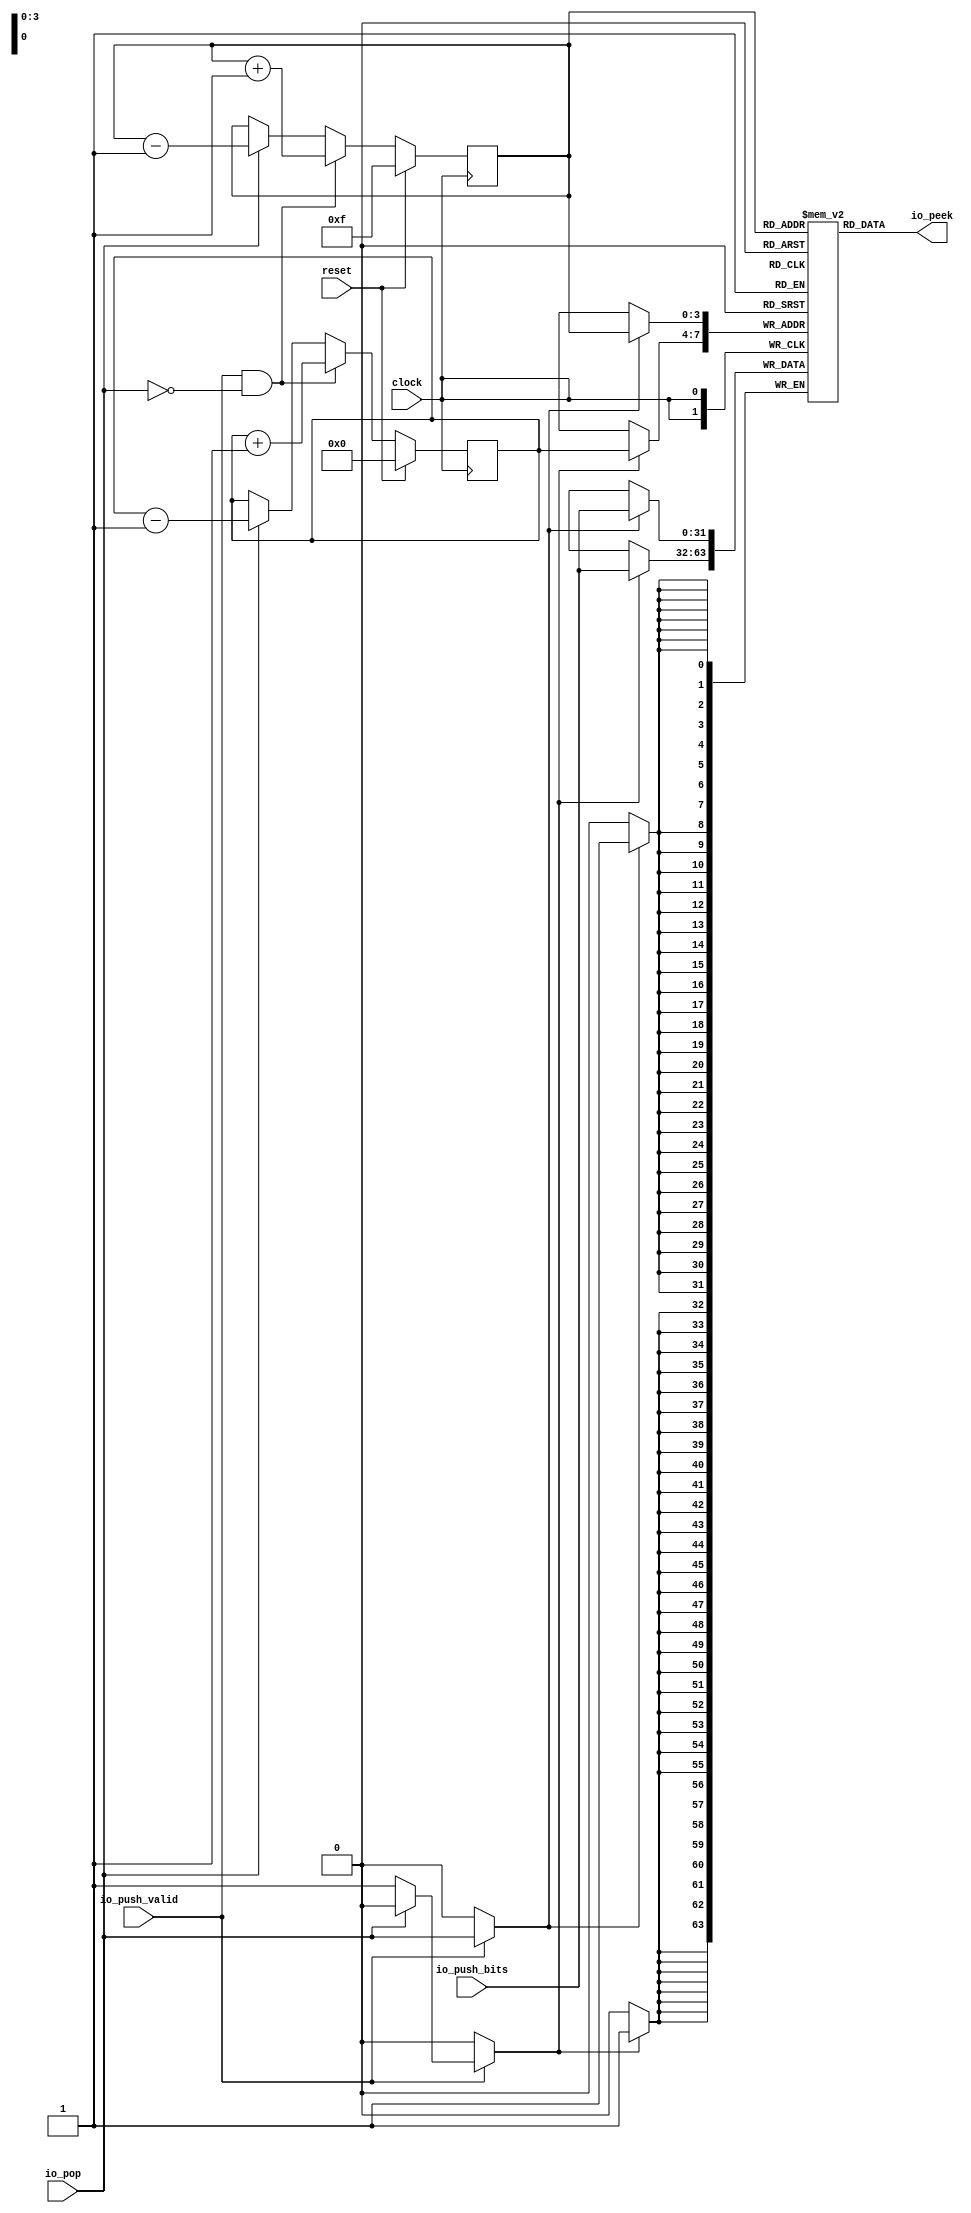
module RAS( // @[:@2484.2]
  input         clock, // @[:@2485.4]
  input         reset, // @[:@2486.4]
  input         io_push_valid, // @[:@2487.4]
  input  [31:0] io_push_bits, // @[:@2487.4]
  input         io_pop, // @[:@2487.4]
  output [31:0] io_peek // @[:@2487.4]
);
  reg [31:0] stack [0:15]; // @[RAS.scala 13:18:@2489.4]
  reg [31:0] _RAND_0;
  wire [31:0] stack__T_23_data; // @[RAS.scala 13:18:@2489.4]
  wire [3:0] stack__T_23_addr; // @[RAS.scala 13:18:@2489.4]
  wire [31:0] stack__T_24_data; // @[RAS.scala 13:18:@2489.4]
  wire [3:0] stack__T_24_addr; // @[RAS.scala 13:18:@2489.4]
  wire  stack__T_24_mask; // @[RAS.scala 13:18:@2489.4]
  wire  stack__T_24_en; // @[RAS.scala 13:18:@2489.4]
  wire [31:0] stack__T_25_data; // @[RAS.scala 13:18:@2489.4]
  wire [3:0] stack__T_25_addr; // @[RAS.scala 13:18:@2489.4]
  wire  stack__T_25_mask; // @[RAS.scala 13:18:@2489.4]
  wire  stack__T_25_en; // @[RAS.scala 13:18:@2489.4]
  reg [3:0] pos; // @[RAS.scala 14:22:@2490.4]
  reg [31:0] _RAND_1;
  reg [3:0] next; // @[RAS.scala 15:22:@2491.4]
  reg [31:0] _RAND_2;
  wire  _GEN_7; // @[RAS.scala 19:18:@2495.6]
  wire  _T_27; // @[RAS.scala 26:26:@2504.4]
  wire  _T_28; // @[RAS.scala 26:23:@2505.4]
  wire [4:0] _T_30; // @[RAS.scala 27:16:@2507.6]
  wire [3:0] _T_31; // @[RAS.scala 27:16:@2508.6]
  wire [4:0] _T_33; // @[RAS.scala 28:18:@2510.6]
  wire [3:0] _T_34; // @[RAS.scala 28:18:@2511.6]
  wire [4:0] _T_36; // @[RAS.scala 31:16:@2516.8]
  wire [4:0] _T_37; // @[RAS.scala 31:16:@2517.8]
  wire [3:0] _T_38; // @[RAS.scala 31:16:@2518.8]
  wire [4:0] _T_40; // @[RAS.scala 32:18:@2520.8]
  wire [4:0] _T_41; // @[RAS.scala 32:18:@2521.8]
  wire [3:0] _T_42; // @[RAS.scala 32:18:@2522.8]
  wire [3:0] _GEN_20; // @[RAS.scala 29:22:@2515.6]
  wire [3:0] _GEN_21; // @[RAS.scala 29:22:@2515.6]
  wire [3:0] _GEN_22; // @[RAS.scala 26:35:@2506.4]
  wire [3:0] _GEN_23; // @[RAS.scala 26:35:@2506.4]
  assign stack__T_23_addr = pos;
  assign stack__T_23_data = stack[stack__T_23_addr]; // @[RAS.scala 13:18:@2489.4]
  assign stack__T_24_data = io_push_bits;
  assign stack__T_24_addr = pos;
  assign stack__T_24_mask = 1'h1;
  assign stack__T_24_en = io_push_valid ? io_pop : 1'h0;
  assign stack__T_25_data = io_push_bits;
  assign stack__T_25_addr = next;
  assign stack__T_25_mask = 1'h1;
  assign stack__T_25_en = io_push_valid ? _GEN_7 : 1'h0;
  assign _GEN_7 = io_pop ? 1'h0 : 1'h1; // @[RAS.scala 19:18:@2495.6]
  assign _T_27 = io_pop == 1'h0; // @[RAS.scala 26:26:@2504.4]
  assign _T_28 = io_push_valid & _T_27; // @[RAS.scala 26:23:@2505.4]
  assign _T_30 = pos + 4'h1; // @[RAS.scala 27:16:@2507.6]
  assign _T_31 = pos + 4'h1; // @[RAS.scala 27:16:@2508.6]
  assign _T_33 = next + 4'h1; // @[RAS.scala 28:18:@2510.6]
  assign _T_34 = next + 4'h1; // @[RAS.scala 28:18:@2511.6]
  assign _T_36 = pos - 4'h1; // @[RAS.scala 31:16:@2516.8]
  assign _T_37 = $unsigned(_T_36); // @[RAS.scala 31:16:@2517.8]
  assign _T_38 = _T_37[3:0]; // @[RAS.scala 31:16:@2518.8]
  assign _T_40 = next - 4'h1; // @[RAS.scala 32:18:@2520.8]
  assign _T_41 = $unsigned(_T_40); // @[RAS.scala 32:18:@2521.8]
  assign _T_42 = _T_41[3:0]; // @[RAS.scala 32:18:@2522.8]
  assign _GEN_20 = io_pop ? _T_38 : pos; // @[RAS.scala 29:22:@2515.6]
  assign _GEN_21 = io_pop ? _T_42 : next; // @[RAS.scala 29:22:@2515.6]
  assign _GEN_22 = _T_28 ? _T_31 : _GEN_20; // @[RAS.scala 26:35:@2506.4]
  assign _GEN_23 = _T_28 ? _T_34 : _GEN_21; // @[RAS.scala 26:35:@2506.4]
  assign io_peek = stack__T_23_data; // @[RAS.scala 16:11:@2493.4]
`ifdef RANDOMIZE_GARBAGE_ASSIGN
`define RANDOMIZE
`endif
`ifdef RANDOMIZE_INVALID_ASSIGN
`define RANDOMIZE
`endif
`ifdef RANDOMIZE_REG_INIT
`define RANDOMIZE
`endif
`ifdef RANDOMIZE_MEM_INIT
`define RANDOMIZE
`endif
`ifndef RANDOM
`define RANDOM $random
`endif
`ifdef RANDOMIZE
  integer initvar;
  initial begin
    `ifdef INIT_RANDOM
      `INIT_RANDOM
    `endif
    `ifndef VERILATOR
      #0.002 begin end
    `endif
  _RAND_0 = {1{`RANDOM}};
  `ifdef RANDOMIZE_MEM_INIT
  for (initvar = 0; initvar < 16; initvar = initvar+1)
    stack[initvar] = _RAND_0[31:0];
  `endif // RANDOMIZE_MEM_INIT
  `ifdef RANDOMIZE_REG_INIT
  _RAND_1 = {1{`RANDOM}};
  pos = _RAND_1[3:0];
  `endif // RANDOMIZE_REG_INIT
  `ifdef RANDOMIZE_REG_INIT
  _RAND_2 = {1{`RANDOM}};
  next = _RAND_2[3:0];
  `endif // RANDOMIZE_REG_INIT
  end
`endif // RANDOMIZE
  always @(posedge clock) begin
    if(stack__T_24_en & stack__T_24_mask) begin
      stack[stack__T_24_addr] <= stack__T_24_data; // @[RAS.scala 13:18:@2489.4]
    end
    if(stack__T_25_en & stack__T_25_mask) begin
      stack[stack__T_25_addr] <= stack__T_25_data; // @[RAS.scala 13:18:@2489.4]
    end
    if (reset) begin
      pos <= 4'hf;
    end else begin
      if (_T_28) begin
        pos <= _T_31;
      end else begin
        if (io_pop) begin
          pos <= _T_38;
        end
      end
    end
    if (reset) begin
      next <= 4'h0;
    end else begin
      if (_T_28) begin
        next <= _T_34;
      end else begin
        if (io_pop) begin
          next <= _T_42;
        end
      end
    end
  end
endmodule